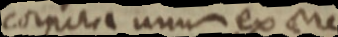
corpora unum ex cre